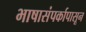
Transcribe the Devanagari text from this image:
भाषासंपर्कापासून